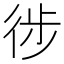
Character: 徏